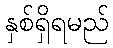
နှစ်ရှိရမည်